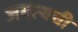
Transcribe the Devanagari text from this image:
जगत्यची